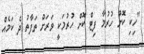
"ހިކި ކޮށް ހުރުމާ ފިޓް ކޮށް ހުރުމަކީ ވަރަށް ތަފާތު ދެ ކަމެއް